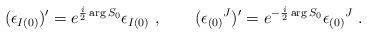
LaTeX: \begin{align*}(\epsilon _{I(0)}) ' = e^{{i\over 2} \arg S_0} \epsilon _{I(0)} \ , \qquad(\epsilon _{(0)}{}^J) ' = e^{- { i\over 2} \arg S_0} \epsilon _{(0)}{}^J \ .\end{align*}